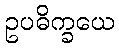
ဥပဓိက္ခယေ